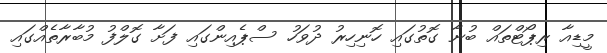
މީޑިއާ ރިޕޯޓްތައް ބުނާ ގޮތުގައި ހޮނިހިރު ދުވަހު ސްޕެއިންގައި ފަށާ ގޮލްފު މުބާރާތެއްގައި